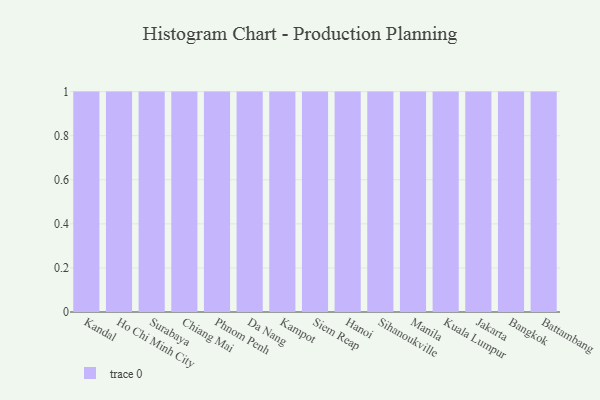
{"axis": {"x": "City", "y": "LTV (USD)"}, "legend": [""], "data": [{"x": "Kandal", "y": 53, "type": ""}, {"x": "Ho Chi Minh City", "y": 63, "type": ""}, {"x": "Surabaya", "y": 46, "type": ""}, {"x": "Chiang Mai", "y": 17, "type": ""}, {"x": "Phnom Penh", "y": 47, "type": ""}, {"x": "Da Nang", "y": 37, "type": ""}, {"x": "Kampot", "y": 40, "type": ""}, {"x": "Siem Reap", "y": 22, "type": ""}, {"x": "Hanoi", "y": 2, "type": ""}, {"x": "Sihanoukville", "y": 56, "type": ""}, {"x": "Manila", "y": 79, "type": ""}, {"x": "Kuala Lumpur", "y": 45, "type": ""}, {"x": "Jakarta", "y": 72, "type": ""}, {"x": "Bangkok", "y": 53, "type": ""}, {"x": "Battambang", "y": 79, "type": ""}]}